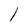
Character: l